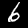
Label: 6